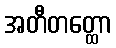
အတီတတ္ထော